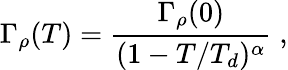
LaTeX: \Gamma_{\rho}(T)=\frac{\Gamma_{\rho}(0)}{(1-T/T_{d})^{\alpha}}\; ,